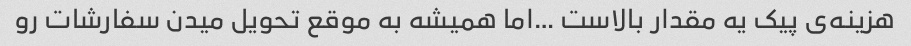
هزینه‌ی پیک یه مقدار بالاست …اما همیشه به موقع تحویل میدن سفارشات رو